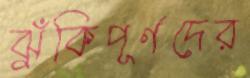
ঝুঁকিপূর্ণদের